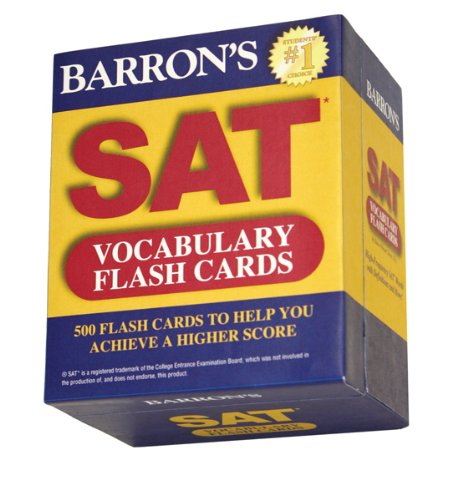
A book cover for Barron's SAT Vocabulary Flash Cards; Sharon Weiner Green M.A.; Test Preparation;